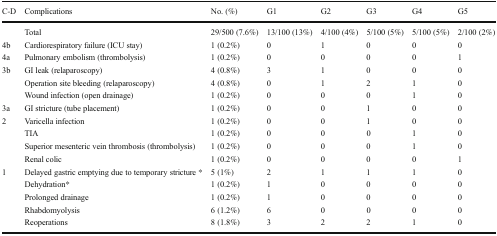
| C-D | Complications | No. (%) | G1 | G2 | G3 | G4 | G5 |
 | --- | --- | --- | --- | --- | --- | --- | --- |
 |  | Total | 29/500 (7.6%) | 13/100 (13%) | 4/100 (4%) | 5/100 (5%) | 5/100 (5%) | 2/100 (2%) |
 | 4b | Cardiorespiratory failure (ICU stay) | 1 (0.2%) | 0 | 1 | 0 | 0 | 0 |
 | 4a | Pulmonary embolism (thrombolysis) | 1 (0.2%) | 0 | 0 | 0 | 0 | 1 |
 | <ROWSPAN=3> 3b | GI leak (relaparoscopy) | 4 (0.8%) | 3 | 1 | 0 | 0 | 0 |
 | Operation site bleeding (relaparoscopy) | 4 (0.8%) | 0 | 1 | 2 | 1 | 0 |
 | Wound infection (open drainage) | 1 (0.2%) | 0 | 0 | 0 | 1 | 0 |
 | 3a | GI stricture (tube placement) | 1 (0.2%) | 0 | 0 | 1 | 0 | 0 |
 | <ROWSPAN=4> 2 | Varicella infection | 1 (0.2%) | 0 | 0 | 1 | 0 | 0 |
 | TIA | 1 (0.2%) | 0 | 0 | 0 | 1 | 0 |
 | Superior mesenteric vein thrombosis (thrombolysis) | 1 (0.2%) | 0 | 0 | 0 | 1 | 0 |
 | Renal colic | 1 (0.2%) | 0 | 0 | 0 | 0 | 1 |
 | <ROWSPAN=5> 1 | Delayed gastric emptying due to temporary stricture * | 5 (1%) | 2 | 1 | 1 | 1 | 0 |
 | Dehydration* | 1 (0.2%) | 1 | 0 | 0 | 0 | 0 |
 | Prolonged drainage | 1 (0.2%) | 1 | 0 | 0 | 0 | 0 |
 | Rhabdomyolysis | 6 (1.2%) | 6 | 0 | 0 | 0 | 0 |
 | Reoperations | 8 (1.8%) | 3 | 2 | 2 | 1 | 0 |